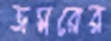
ভ্রমরের